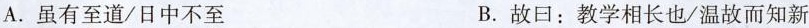
A.虽有\underset{·}{至}道/日中不\underset{·}{至} B.\underset{·}{故}日：教学相长也/温\underset{·}{故}而知新